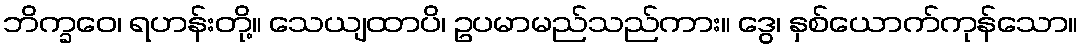
ဘိက္ခဝေ၊ ရဟန်းတို့။ သေယျထာပိ၊ ဥပမာမည်သည်ကား။ ဒွေ၊ နှစ်ယောက်ကုန်သော။